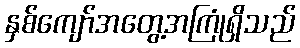
နှစ်ကျော်အတွေ့အကြုံရှိသည်